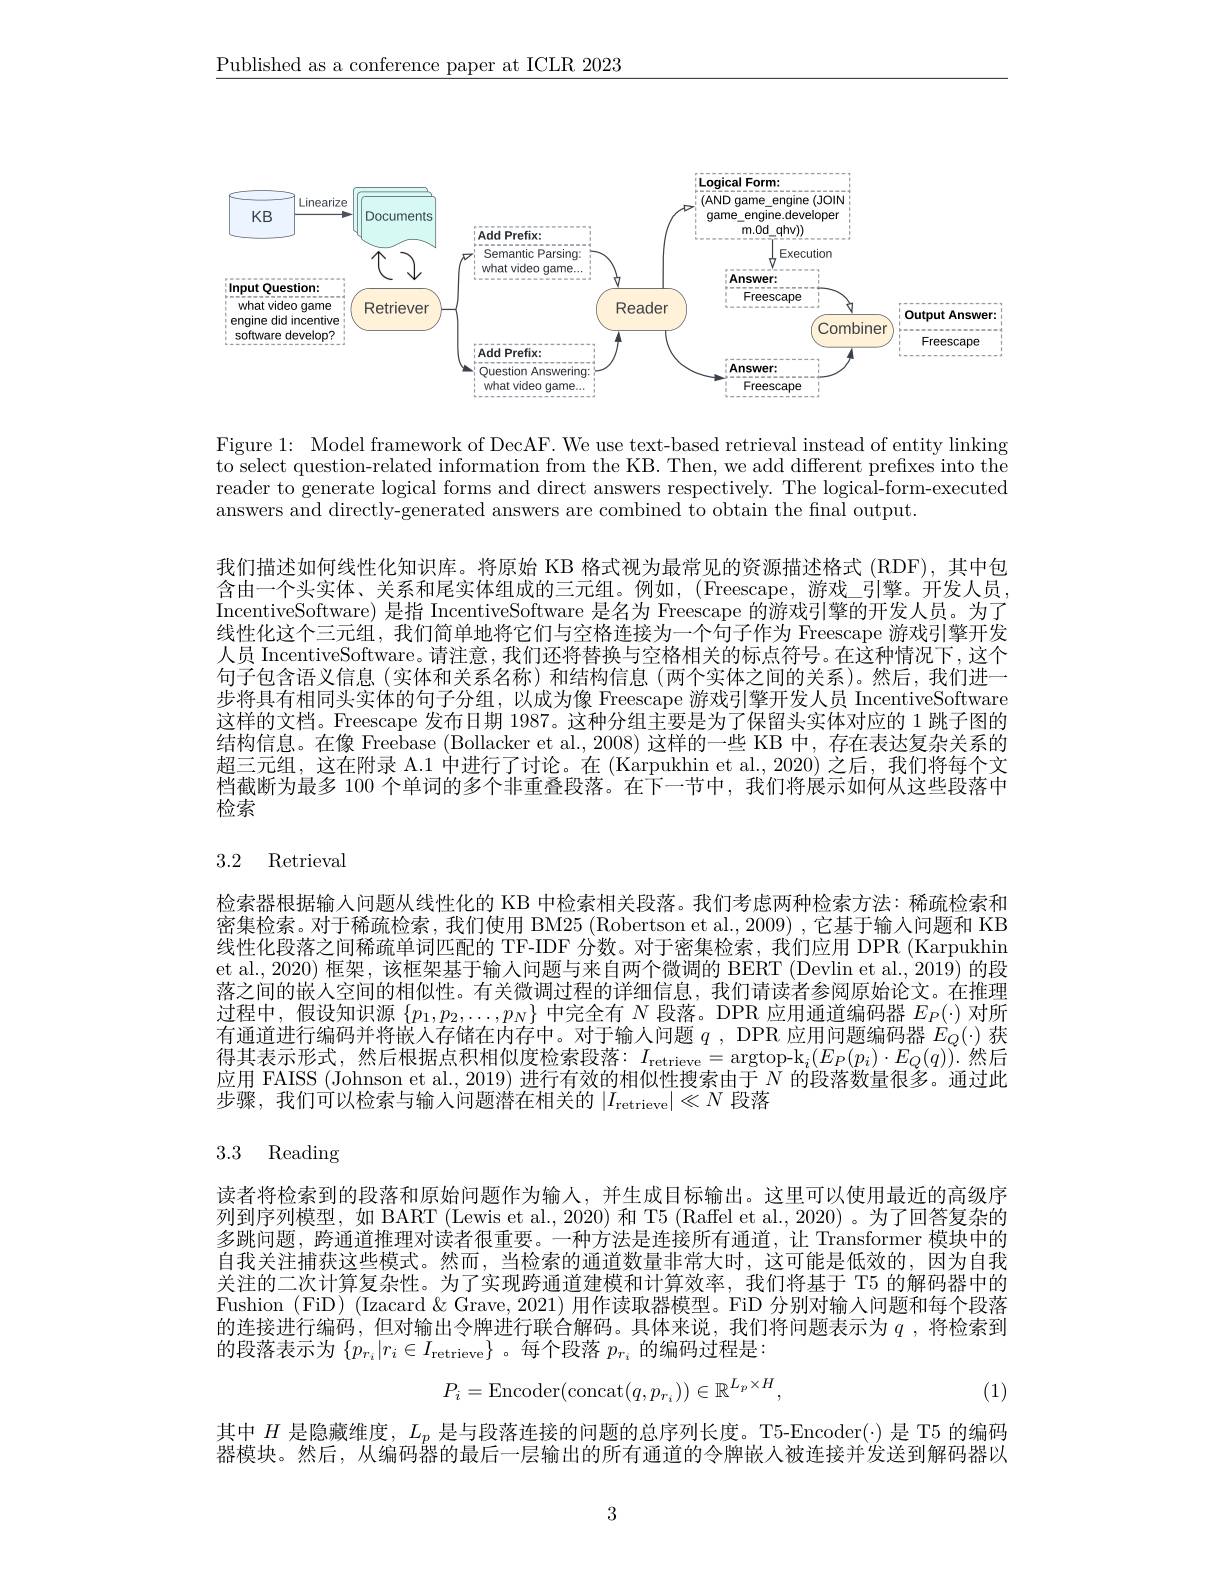
$\underline{\text{Published as a conference paper at ICLR 2023}}$

<FigureHere>

Figure 1: Model framework of DecAF. We use text-based retrieval instead of entity linking to select question-related information from the KB. Then, we add different prefixes into the reader to generate logical forms and direct answers respectively. The logical-form-executed answers and directly-generated answers are combined to obtain the fnal output.

我们描述如何线性化知识库。将原始 KB 格式视为最常见的资源描述格式 (RDF),其中包含由一个头实体、关系和尾实体组成的三元组。例如，(Freescape,游戏_引擎。开发人员， IncentiveSoftware) 是指 IncentiveSoftware 是名为 Freescape 的游戏引擎的开发人员。为了线性化这个三元组，我们简单地将它们与空格连接为一个句子作为 Freescape 游戏引擎开发人员 IncentiveSoftware。请注意，我们还将替换与空格相关的标点符号。在这种情况下，这个句子包含语义信息(实体和关系名称)和结构信息(两个实体之间的关系)。然后，我们进一步将具有相同头实体的句子分组，以成为像 Freescape 游戏引擎开发人员 IncentiveSoftware 这样的文档。Freescape 发布日期 1987。这种分组主要是为了保留头实体对应的 1 跳子图的结构信息。在像 Freebase (Bollacker et al., 2008) 这样的一些 KB 中，存在表达复杂关系的超三元组，这在附录 A.1 中进行了讨论。在 (Karpukhin et al., 2020) 之后，我们将每个文档截断为最多 100 个单词的多个非重叠段落。在下一节中，我们将展示如何从这些段落中检索

## 3.2 Retrieval

检索器根据输入问题从线性化的 KB 中检索相关段落。我们考虑两种检索方法·稀疏检索和密集检索。对于稀疏检索，我们使用 BM25 (Robertson et al., 2009) , 它基于输人问题和 KB 线性化段落之间稀疏单词匹配的 TF-IDF 分数。对于密集检索，我们应用 DPR (Karpukhin et al., 2020) 框架，该框架基于输人问题与来自两个微调的 BERT (Devlin et al., 2019) 的段落之间的嵌入空间的相似性。有关微调过程的详细信息，我们请读者参阅原始论文。在推理过程中，假设知识源$\{p_1,p_2,\ldots,p_N\}$中完全有$N$段落。DPR 应用通道编码器$E_P(\cdot)$对所有通道进行编码并将嵌入存储在内存中。对于输人问题$q$, DPR 应用问题编码器$E_Q(\cdot)$获得其表示形式，然后根据点积相似度检索段落$:I_\mathrm{retrieve}=$argtop-k$_i(E_P(p_i)\cdot E_Q(q))$.然后应用 FAISS (Johnson et al., 2019) 进行有效的相似性搜索由于$\bar{N}$的段落数量很多。通过此步骤，我们可以检索与输入问题潜在相关的$|I_\mathrm{retrieve}|\ll N$段落

# 3.3 Reading

读者将检索到的段落和原始问题作为输人，并生成目标输出。这里可以使用最近的高级序列到序列模型，如 BART (Lewis et al., 2020) 和 T5 (Raffel et al., 2020) 。为了回答复杂的多跳问题，跨通道推理对读者很重要。一种方法是连接所有通道，让 Transformer 模块中的自我关注捕获这些模式。然而，当检索的通道数量非常大时，这可能是低效的，因为自我关注的二次计算复杂性。为了实现跨通道建模和计算效率，我们将基于 T5 的解码器中的Fushion (FiD) (Izacard &Grave, 2021) 用作读取器模型。FiD 分别对输入问题和每个段落的连接进行编码，但对输出令牌进行联合解码。具体来说，我们将问题表示为$q$,将检索到的段落表示为$\{p_{r_i}|r_i\in I_{\mathrm{retrieve}}\}$ 。每个段落$p_r_i$的编码过程是：
$$P_i=\mathrm{Encoder}(\mathrm{concat}(q,p_{r_i}))\in\mathbb{R}^{L_p\times H},$$
(1)

其中$H$是隐藏维度，$L_p$是与段落连接的问题的总序列长度。T5-Encoder(·) 是 T5 的编码器模块。然后，从编码器的最后一层输出的所有通道的令牌嵌人被连接并发送到解码器以

3